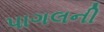
પાગલની